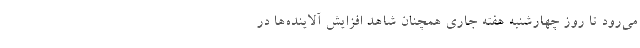
می‌رود تا روز چهارشنبه هفته جاری همچنان شاهد افزایش آلاینده‌ها در